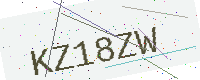
Text: KZ18ZW